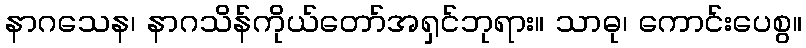
နာဂသေန၊ နာဂသိန်ကိုယ်တော်အရှင်ဘုရား။ သာဓု၊ ကောင်းပေစွ။